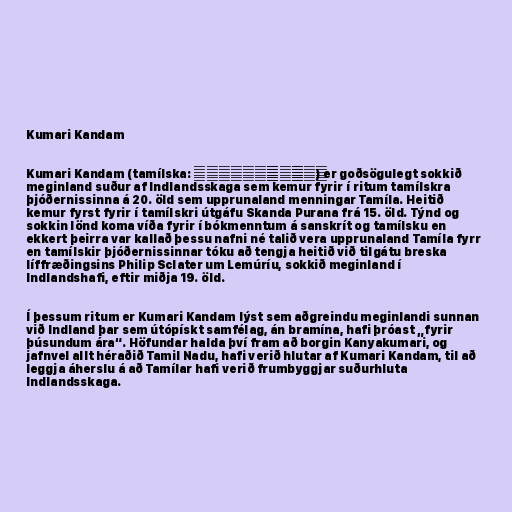
Kumari Kandam

Kumari Kandam (tamílska: குமரிக்கண்டம்) er goðsögulegt sokkið
meginland suður af Indlandsskaga sem kemur fyrir í ritum tamílskra
þjóðernissinna á 20. öld sem upprunaland menningar Tamíla. Heitið
kemur fyrst fyrir í tamílskri útgáfu Skanda Purana frá 15. öld. Týnd og
sokkin lönd koma víða fyrir í bókmenntum á sanskrít og tamílsku en
ekkert þeirra var kallað þessu nafni né talið vera upprunaland Tamíla fyrr
en tamílskir þjóðernissinnar tóku að tengja heitið við tilgátu breska
líffræðingsins Philip Sclater um Lemúríu, sokkið meginland í
Indlandshafi, eftir miðja 19. öld.

Í þessum ritum er Kumari Kandam lýst sem aðgreindu meginlandi sunnan
við Indland þar sem útópískt samfélag, án bramína, hafi þróast „fyrir
þúsundum ára“. Höfundar halda því fram að borgin Kanyakumari, og
jafnvel allt héraðið Tamil Nadu, hafi verið hlutar af Kumari Kandam, til að
leggja áherslu á að Tamílar hafi verið frumbyggjar suðurhluta
Indlandsskaga.